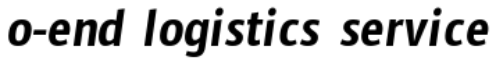
o-end logistics service